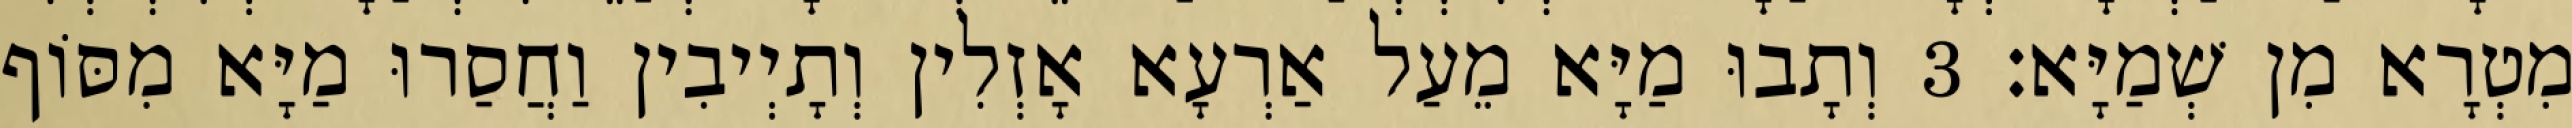
מִטְרָא מִן שְׁמַיָּא׃ 3 וְתָבוּ מַיָּא מֵעַל אַרְעָא אָזְלִין וְתָיְיבִין וַחֲסַרוּ מַיָּא מִסּוֹף